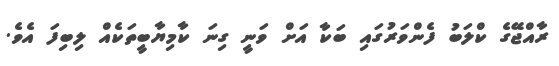
ރާއްޖޭގެ ކްލަބު ފެންވަރުގައި ބަކާ އަށް ވަނީ ގިނަ ކާމިޔާބީތަކެއް ލިބިފަ އެވެ.